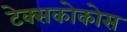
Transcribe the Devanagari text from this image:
टेक्सकोकोस